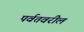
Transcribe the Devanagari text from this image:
पर्वतवरील